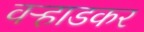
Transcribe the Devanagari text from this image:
वऱ्हाडकर